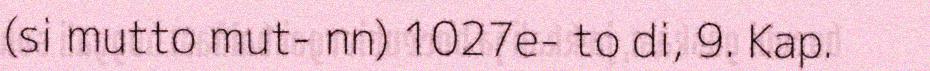
(si mutto mut- nn) 1027e- to di, 9. Kap.